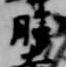
勝